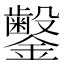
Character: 𬬜